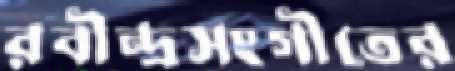
রবীন্দ্রসংগীতের